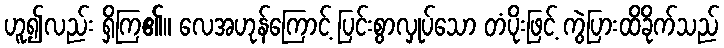
ဟူ၍လည်း ရှိကြ၏။ လေအဟုန်ကြောင့် ပြင်းစွာလှုပ်သော တံပိုးဖြင့် ကွဲပြားထိခိုက်သည်